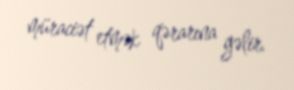
müraciət etmək qərarına gəlir.